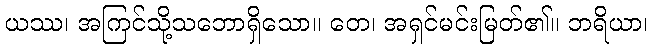
ယဿ၊ အကြင်သို့သဘောရှိသော။ တေ၊ အရှင်မင်းမြတ်၏။ ဘရိယာ၊